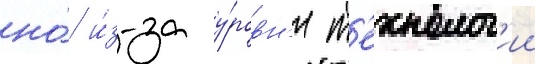
но́ и́з-за у́ровн'я т'ехнолог'ии